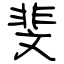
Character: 斐